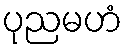
ပုညမဟံ